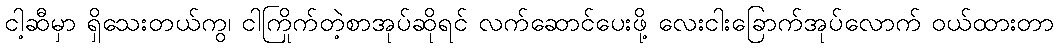
ငါ့ဆီမှာ ရှိသေးတယ်ကွ၊ ငါကြိုက်တဲ့စာအုပ်ဆိုရင် လက်ဆောင်ပေးဖို့ လေးငါးခြောက်အုပ်လောက် ဝယ်ထားတာ